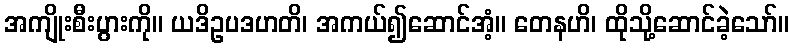
အကျိုးစီးပွားကို။ ယဒိဥပဒဟတိ၊ အကယ်၍ဆောင်အံ့။ တေနဟိ၊ ထိုသို့ဆောင်ခဲ့သော်။